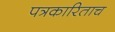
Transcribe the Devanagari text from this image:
पत्रकारिताच